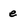
Character: e